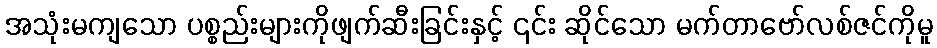
အသုံးမကျသော ပစ္စည်းများကိုဖျက်ဆီးခြင်းနှင့် ၎င်း ဆိုင်သော မက်တာဗော်လစ်ဇင်ကိုမူ